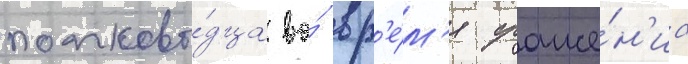
полково́дца во́ вр'е́м'я сраже́н'иа